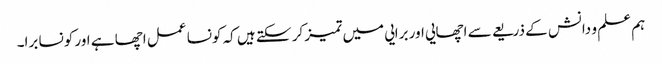
ہم علم و دانش کے ذریعے سے اچھایی اور برایی میں تمیز کر سکتے ہیں کہ کونسا عمل اچھا ہے اور کونسا برا۔